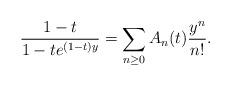
LaTeX: \begin{align*} \dfrac{1-t}{1-te^{(1-t)y}}= \sum_{n\ge0}A_n(t)\dfrac{y^n}{n!}. \end{align*}